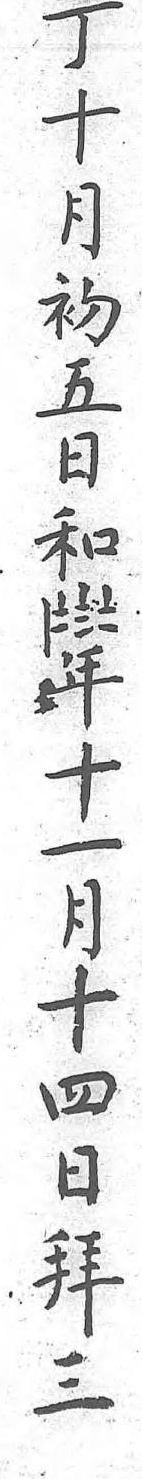
當事丁十月初五日和〡〧〨〧年十一月十四日拜三